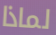
لماذا